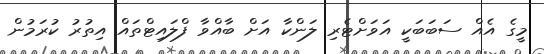
މީގެ އެއް ސަބަބަކީ އަވަށްޓެރި ލަންކާ އަށް ބާއްވާ ފްލައިޓްތައް އިތުރު ކުރަމުން